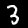
Digit: 3